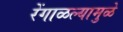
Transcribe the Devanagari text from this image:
रेंगाळल्यामुळे